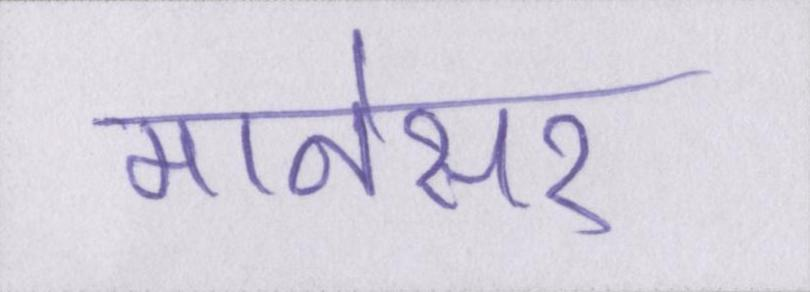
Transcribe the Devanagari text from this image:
मानेसर